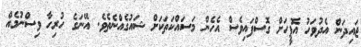
ޖައިދަން އެދުވަހު އޮފީހަށް ގޮސްފައިވެސް އެހެން މަސައްކަތަކަށް ޝައުގެއްނެތެވެ. އޭނަގެ ހުރިހާ ވިސްނުމެއް